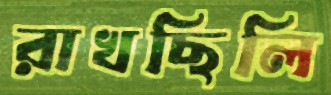
রাখছিলি